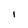
Character: I